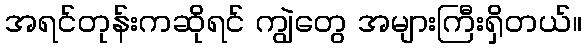
အရင်တုန်းကဆိုရင် ကျွဲတွေ အများကြီးရှိတယ်။